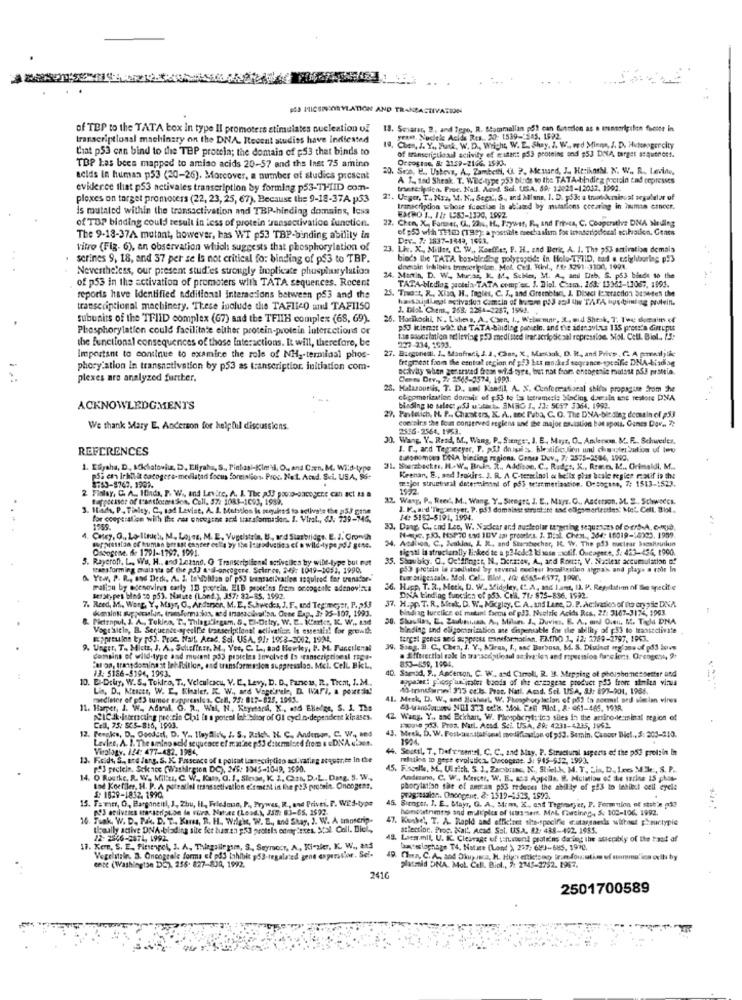
.. .
#3 MICSNOVLATION AND TRANSACTIVATION
of TEP to the TATA box in type Il promoters stimulates nucleation of
18. Sesarer, 2, and Igro, R. Sammaallan po) can function as a transorigilion fucsoe in
transcriptional machinary on the DNA. Recent studies have indicated
yram. Nucleic Acids Res .. 20: 1539-1545, 1992.
Ciat p53 can bind to the TEP protela; the domain of p53 that binds to
19, Chen, J. Y ., Punk, W. D ., Wright, W. E. Shay, J. W. ord Miens, f. D. Hutorogercity
of tramerigulosul activity ef mutant p53 proteins and $53 DNA target squthort.
Orcostos, 8: 2159-2166. 1593.
TOP Las bees mapped to amino acids 20-57 and the Inst 75 amino
20. Seco, E ., Ustevs, A ., Zambeth, U. P. Meusand, J. Hezikoss. N. W .. R. Levine,
acids in human p53 (20-26). Morcover, a number of studies present
A 1 ., tad Sheak. T. WBc-type 253 birds to the TATA-bindleg cocteln tad cepresses
evidence that p53 netivales transcription by forming p53-THIID com-
tranteripsien. Proc. Naill. Acid. Sci. USA. 89: 12021-12012. 1992.
plexes on target promoters (22, 23, 25, 67). Because the 9-18-37A p53
21. Uzger, T ., No ., M. N ., Sepx', S ., and Milana, I. D. ş53: a truatekminuat seguletar of
is mutated within the transactivation and TBP-hinding domains, less
transcription whose fcacrise is abland by mutations ceearing in human cancer.
of TOP binding could result in less of protein sansactivation function.
22. Chen, X, Farmer, CL ., 22 .., H ., Prywat, R ., and Frivea, C. Cooperative DNA Siedlng
ACHO 1, 18: LESJ-1320, 1992.
of $53 with THED (199): a postible msecha alsm for Intascriptfocal ecilsilen, Genes
The 9-18-37A mutant, however, has WT p53 TBP-binding ability in
Dev .. 7: 1837-1549, 1543."
Vitro (Fig. 6), an observation which suggests that phosphorylation of
23. Lic. X ., Miller, C. W ., Keeffes, F. H. and Beric, A. I. The 253 activation demaia
23
..
serines 9, 18, and 37 per se Is not critical fo: binding of ps3 to TBP.
biods the TATA box-bledlbg polypageid: In Holo-T.TID, cad a colyliburing p93
Nevertheless, our present stud'es strongly implicate phusplusylation
doessin inhibirs trreceription. Mot. Cel. Hint ., ft: 3291. 3300, 1991.
of p53 in the activation of promoters with TATA sequences. Recent
24
24. Martin, D. W ., Muras, K. M. Scbler, M. A ., and Deb. S. p53 bands to the
TATA-birding prottia.TATA comp'er. J. Dlel. Cham. 263: 13362-13067, 1992.
25. Trud:t, R ., Xisq, H ., fagles, C. J ., and Greenblar ,, J. Disect leveraction basedes the
reports have Identified additional interactions between p53 and the
transcriptional machinery. These include the TAFlicO und TAFIISO
J. Dlol. Chem ., 258, 2264-2287, 1993.
subunits of the TFIID complex (G7) and the TFIIH complex (68, 69).
26. Horikochi, N. Lsheus, A ., Coen, I ., Webamar, 3, mid Shesk, 7. Twe domain «
Phosphorylation could facilitate either protein-protein Interactions or
POJ iclemet wat. the TATA-balding panuein, and the adenovirus 135 procsta dieruput
the functional consequences of those interactions. It will, therefore, be
1.se asocstatico nelleviag ;5D mediated irar scripdiesel repression. Mol. Cell. Biol .. .!!
27. Biegoneil. I ., Manfradi, J. J. Ches, X, Mastaak, D. R. and Prive. G. A pomendljtic
227-234, 1593.
Important to continue to examine the role of NH2-terminal phos-
fragment from the eseteal region of g23 bus moiked segrance- specific DNA-bisdiag
phory ation in transnetivation by p53 as transcription. initiation com-
activity when generated frean wi.d tyre, but nat for entogenic ralast pf! prattia.
plexes are analyzed further.
Cents Dev ., 7: 2565-3574, 1993.
25. Halazouelis. T. D ., sal Kandil, A. X. Confoccatisest shifti propagate from the
o&gomerization dorcuir of 53 to tos letramesi: Sinding dersin ans restore DNA
ACKNOWLEDGMENTS
binding to select SJ withste, SMBO J ., /1: 5057 3364, 1993.
29. Pavlaich, H. P ., Chastors, K. A ., Boc Faba, C. O. The DNA-bidding demain of p53
contains the foun conserved regiens and the major sa.sation hot spots, Ganes Dov .. 7:
We thank Mary E. Anderson for helpful discussions.
2556-2564. 1963.
30. Wang, Y. Read, M ., Wang, P ., Stengt", J. E. Mayt. O ., Amlerson. M. F .. Schwedes.
REFERENCES
J. F ., and Tegomeyer, P. p& dowmiss. hle tific lien ul chuster bulion uf tou
autonomous DNA binding regions. Cenu Duv ., 7: 2575-2586, 1999.
1. Elyaha, D. Mklatoviu, D, Eligaha, S ., Pinbasi-Kimii, O ., and Can, M. Wild-type
31. Sazbactur, H .. W. Brain, R ., Addison. C ., Radgs, K ., Ree.n. M ., Grimaldi, M ..
psi en irkilit catogere-medlatadi focus foretalGon. Proc. No.t. Ated. S.L. USA, SS-
mejor structural determinant of p53 tetemetization. Onsogene, 7: 1513-1523.
Keenan, E ., and Isokirs. J. R. A. C-terminal e heils pias beale regiee rotif in the
2 Finlay, C. A ., Ifinda, P. W ., and Levite, A. A. The pJ3 pouco-oacogere can act # #
8763-8767. 1902.
1572.
Bergocases of t'ontforartden, Coll. 37: 1083-1693, 1989.
12. Wasg, P. Reed, M .. Wang, Y_ Stengtt, J. E ., Mapr. C ., Ascetion, M. 2. Schwadcs.
3. Bada, P. Finity, C ., sad Lavine, A. I. Mutation Is pequit's to active's the p5/ cine
I. F. ard'Tegoestyer. P. p53 damaisst struct:tt sad eligsmartcities" Met. Cell. 314,
for cooperation wilh Ihe res oncogene and tarsformation. I. Viral ., (J. 739-75,
14: 5152-5191, 1994.
1959.
33. Dang. C ., end Les, W. Naclear and nucleolar targeting squ23ces of Derb.A. comj.
34. Asalvoa. C ., Junkins, &. R ., and Starsbecher, IC. W. The p53 ouciese Sacaltruikin
N-eye. 53. 15P30 syd IDV ası proories. 3. Dial. Chent ., 364: 16019-14325. 1959.
forpression of human breast cancer cells by the lesroduities of a wild-type pd/ gene.
Ossogone. de 1791-1797. 1991.
sigatl is structurally licked te a p3fede2 kisase :notif. Oucoger ., S. 423-454, 1990.
5. Rayeron, L ., Wu. H ., and Letand. O Transcriptional activeile s by wibe-type but not
. Shoubky. O ., Octffingst, N, Deracer, A ., and Ronst, V. Nuclear accumulation of
transforming, mais yta of the pJJ atal-oncogere. Selleren, 249: 1019-1059, 1990.
p53 pretela la zzedited by several reciter looaltention signan and plays a roir In
Yow, P. R ., and Derk. A. I. tablobitan of p53 transactivation ssquired for trenador-
tuer brigessala. Mol. Cel .. Blel ., 10: 6565-6577, 1000.
maliou by adenovirus early ID pourein. ELB pestcins frem oncogente adenovinka
36. Hupp, T. R ., Metk, D. W. Midgley, (L.A, and land, I). P. RegAutim of thee specif e
serstypes bind so p53. Nalite (Land.), 357: 32-85. 1992.
DNA binding function of p53. Cel. 71- 875-836. 1992.
7. Reed, M .. Wang, Y ,, Mayr, G ., Andenen, M. E, Schweden, J. F. and Teg meyer, P. 253
dumaloki supperaslan, tresformatos, med trasacial'on. Cene Exp ., 3: 25-107, 1993.
37. Happ. T. R. Bitak, D. W ., Micglay, C.A. and Lare, D. P. Ac:Ivatics of the cryp Se DNA
binding turelicz of mutant farms of pJ3. Nuetzic Acida Res, 27: 3167-3174, 1993.
Pictenpul. I. A ., Tokies, T. Things"legam, 5, El-Ditry, W. E. Kintes, IL. W ., 134
Shoullas, E. Zsubtilaa. A ., Milues. I ., Duvies. E. A ., and O.e. M. Tecla DNA
Vogt'siein, B. Sequence-agesil'e transcriptionat aclivaticr, Is estestis! for growth.
binding and ellgoranimation ane dispensable for de ability of 53 to transactivate
Spreuion ty ($3. Proe. Nait. Acac, Sel, USA. 91: 1978-2002, 1924.
target genes sed suppress caneformation. FATTO 1 ,, 12: 2789-2797, 1963.
9. Unger, T ., Micts, J. A. Schefferr. M ., Vor, C. L ., Bad Howley, P. M. Fancilenal
39, Sang, B. C ., Chen, J. Y ., Miraa, f ., sad Barbosa, M. S. Diuloct neglass of pd3 Sove
domains of wild-type and mulent p33 prateles Involved Is transcriptional Tiga-
ffftvertlal sale In transcepticaul as iva:les and repusssion fassions. Orcogent, 9:
853-459, 1994.
"at on, transdominait lebibillon, and transformation suppression. Mcl. Cell. BicL,
13: 5186-5194, 1993.
10. E .- Dchy, W.S. Tokro, T ., Velculescu, V. C. Levy, D. D ., Pancas, R, Them, I.M ..
40. Stensd, F ., Anderson, C. W .. and Caroli, R. 18. Mrpsing of phoiphonesbetter and
appazadi proof un ivates boods of the czagene product p55 from strien virus
Lin, D ., Mescet, W. E. Kisaler. I. W ., and Vage'rele, D. (Varl, a pourzla!
Mindfurn: 313 ct.b. Prot. Natl. Amd. Sel. USA, 83: 897-901, 1986.
midleter of p43 tumee tupyvessie s. Con, 75: 817-825, 1945.
41. Merk, D. W ., and Bokhat, W. Phosphorylacion of p83 in seemust ard simian vires
11. Harper, J. W .. AdıMl. O. R ., Wil, N. Keyetard, K ., and Elledge, S. J. The
43-4anstossed NTIl 323 colis. Stol. Tell Alot, 8- 061-465, 1938.
D'ICIk.interacting peeccin Cli in a potrol inhishor of Ol cyclin.dependent kinases.
42. Wang, Y ., and Eckhart, W. Phosphory ico shes in the artinoderminal region of
Cell, 75: SCS-816, 1993.
1081 2133. Pros. Nul. Acad. Sci. USA, 29: 4231-4235, 1962.
12. Pergks, D ., Cooder, D. Y ., 1løyale, J. S ., Ralch, N. C, Andinsan, C. W ., wed
Levles, A. I. The amino acid sequence of maine på3 dikmmloed from & &DNA class.
43. Meck, D. W. Fostaanstational modifiauton of 933. Semin, Canost Biel ., 5: 305-210.
1924
Virology. 124: 477-482. 1984.
. Souest, T ., Defrontenel, C. C ., and May. P. Structural aspects of the p53 protzin in
13. Fisidt, S ., and Jang. S. X. Passence of t polsat Lasecription aci.vating atquer,te In the
relation to gees evolutic 2. Ducogene. 5. 945-552, 1993.
5) peclein. Science (Washington DC), 35: 1345-10-49, 1590.
. F.spolu, M ., Ulrich, 5. 1, Zacybranc, N ., Stiel.k, M. T. Li, D.les ME , S. P.
14. O Rustke, R. W. Milit, C. W ., Kans, O. J, Siesan, K. 1, Cint, D .. L. Dag, 5. W .,
Andenana, C. W ., Mesctr, W. E. ass Appella. @. Mulation of the terine 15 phos.
tod Koefiles, H. P. A potratlel transsetivation citmen in the pt3 protein. Oncogene,
phorylation sat of sercan ps3 reduces the ability of $43 to lebiest cell cycle
15. Famitr, O ,, Bargoneut, J, Zhu, Il, Feledman, P ., Prywes, R ., and Prives, P. WES-type
S: 1629-1832. 1990
Bienger, I. E ., Mayr, G. A ., Mom, K. ont Tagteamyer, P. Formunion of stat'n mi?
homoistrietes and multiples of tetrsssem. MAL fascineg ., S. 102-106. 1992.
10. Funk, W. D ., Ph. D. T ., Kurss, R. H. Wright, W. B ., and Shay, J. W. A transerip.
. Funk, W. D. P.A. D. T .. K
47. Kunkel, T. A. Rapid and efficinet site-specific mutagenesis without peurtypie
theally active DNA-blading site fet hasan $53 protels odmy texes. Stal. Call. Dici,
atlection. Proc. Kait. Acad Ssi. US.A. 82: 438-492, 1955.
22: 2506-2871, 1992.
43. Laes.mil, U. K. Clearage of torsten! proteins daring the asterably of the best of
17. Kem, S. E. Finsengel, I. A. Thiegallegam, S ., Seymocr, A, Ki-aler, K. W ., 215
Luxteslaphage T4. Nature (Lond ) 297: 643-685, 1970.
Vegelatiln. B. Oneogtale forma el på3 tahibit y53-regalaced gene experssiwr. Sel-
ence (Washington DC), 256. 827-830, 1992.
platmid DNA. Mot. Call. Biol ., 7: 2345-2752. 1967.
2410
2501700589